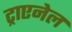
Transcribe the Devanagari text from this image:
ट्राएनेल